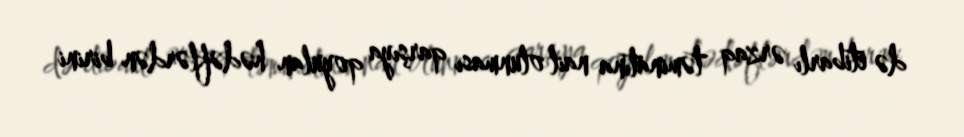
də etibarlı ərzaq təminatına nail olunması qarşıya qoyulan hədəflərdən birini